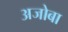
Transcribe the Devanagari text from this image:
अजोबा